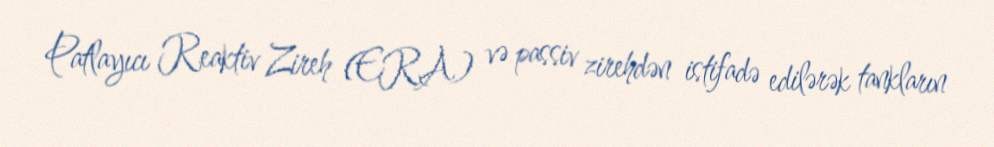
Patlayıcı Reaktiv Zireh (ERA) və passiv zirehdən istifadə edilərək tankların